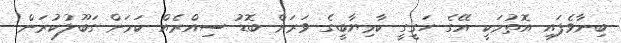
ބިނާވެފައި އޮތުމަކީ އޭގެ ހަގީގީ ކާމިޔާބީގެ ވަރަށް ބޮޑު ސިއްރެއް ކަމަށް ގަބޫލުކުރަން